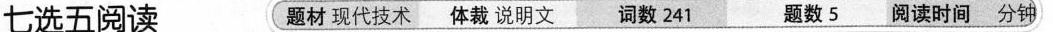
七选五阅读 题材 现代技术体裁 说明文_词数 241题数 5 阅读时间 分钟